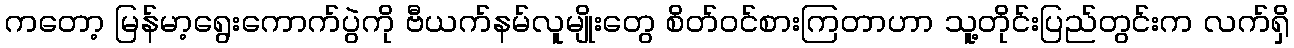
ကတော့ မြန်မာ့ရွေးကောက်ပွဲကို ဗီယက်နမ်လူမျိုးတွေ စိတ်ဝင်စားကြတာဟာ သူ့တိုင်းပြည်တွင်းက လက်ရှိ